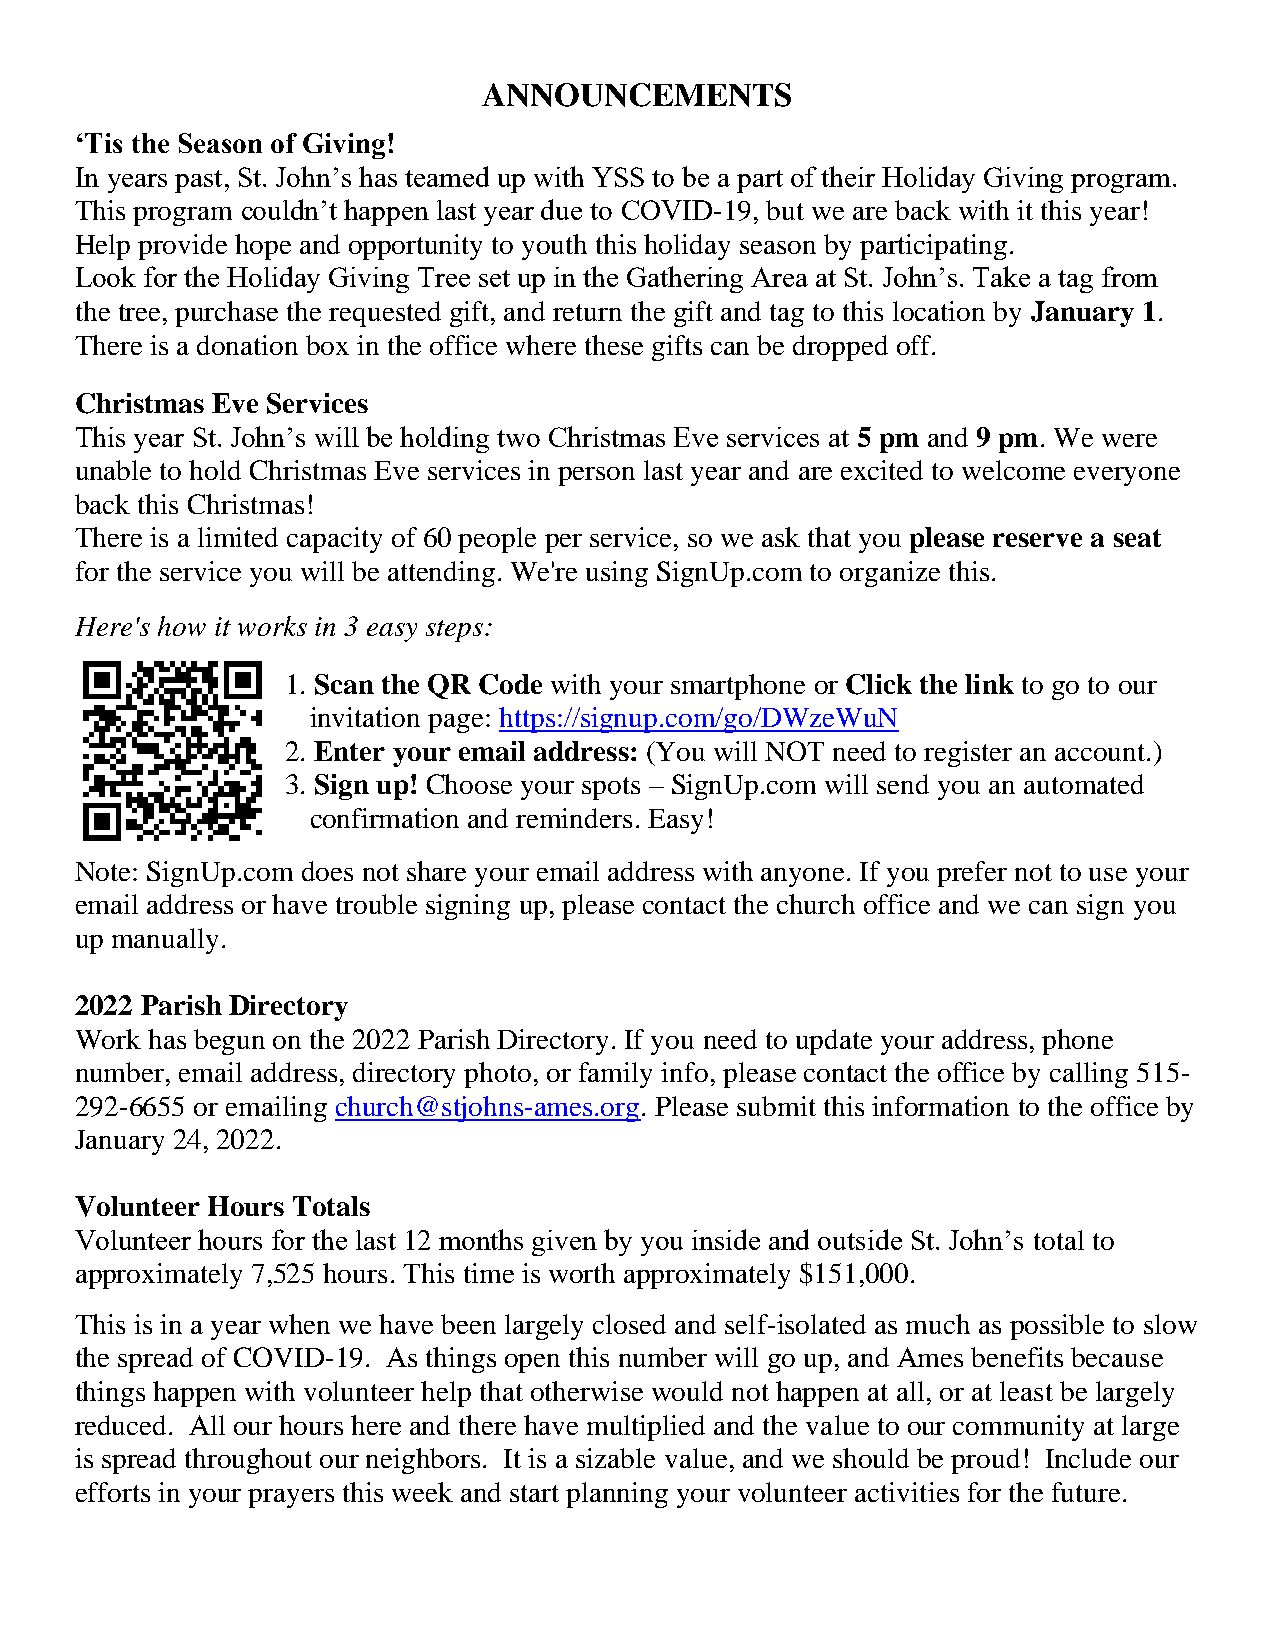
ANNOUNCEMENTS
 ‘Tis the Season of Giving!
 In years past, St. John’s has teamed up with YSS to be a part of their Holiday Giving program.
 This program couldn’t happen last year due to COVID-19, but we are back with it this year!
 Help provide hope and opportunity to youth this holiday season by participating.
 Look for the Holiday Giving Tree set up in the Gathering Area at St. John’s. Take a tag from
 the tree, purchase the requested gift, and return the gift and tag to this location by January 1.
 There is a donation box in the office where these gifts can be dropped off.
 Christmas Eve Services
 This year St. John’s will be holding two Christmas Eve services at 5 pm and 9 pm. We were
 unable to hold Christmas Eve services in person last year and are excited to welcome everyone
 back this Christmas!
 There is a limited capacity of 60 people per service, so we ask that you please reserve a seat
 for the service you will be attending. We're using SignUp.com to organize this.
 Here's how it works in 3 easy steps:
 1. Scan the QR Code with your smartphone or Click the link to go to our
 invitation page: https://signup.com/go/DWzeWuN
 2. Enter your email address: (You will NOT need to register an account.)
 3. Sign up! Choose your spots – SignUp.com will send you an automated
 confirmation and reminders. Easy!
 Note: SignUp.com does not share your email address with anyone. If you prefer not to use your
 email address or have trouble signing up, please contact the church office and we can sign you
 up manually.
 2022 Parish Directory
 Work has begun on the 2022 Parish Directory. If you need to update your address, phone
 number, email address, directory photo, or family info, please contact the office by calling 515-
 292-6655 or emailing church@stjohns-ames.org. Please submit this information to the office by
 January 24, 2022.
 Volunteer Hours Totals
 Volunteer hours for the last 12 months given by you inside and outside St. John’s total to
 approximately 7,525 hours. This time is worth approximately $151,000.
 This is in a year when we have been largely closed and self-isolated as much as possible to slow
 the spread of COVID-19. As things open this number will go up, and Ames benefits because
 things happen with volunteer help that otherwise would not happen at all, or at least be largely
 reduced. All our hours here and there have multiplied and the value to our community at large
 is spread throughout our neighbors. It is a sizable value, and we should be proud! Include our
 efforts in your prayers this week and start planning your volunteer activities for the future.